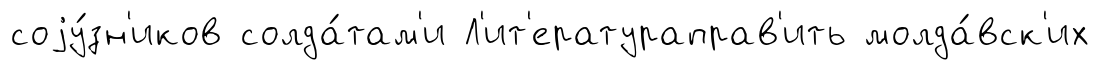
соjу́зн'иков солда́там'и Л'ит'ератураправ'ить молда́вск'их